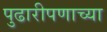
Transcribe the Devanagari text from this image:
पुढारीपणाच्या